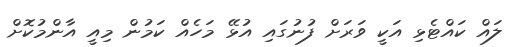
ލައް ކައްޓެޅި އަކީ ވަރަށް ފުނުގައި އުޅޭ މަހެއް ކަމުން މިއީ އާންމުކޮށް